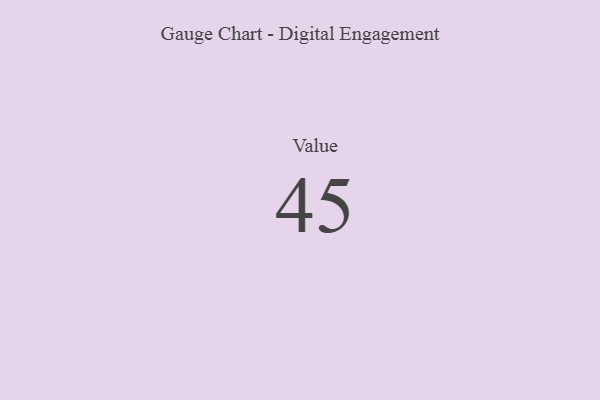
{"axis": {"x": "Metric", "y": "Value"}, "legend": [""], "data": [{"x": "Value", "y": 45, "type": ""}]}